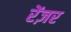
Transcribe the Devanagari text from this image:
रेंज़र